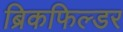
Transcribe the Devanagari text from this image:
ब्रिकफिल्डर